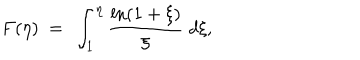
F ( \eta ) \ = \ \int _ { 1 } ^ { \eta } \frac { \ln ( 1 + \xi ) } \xi \ d \xi ,